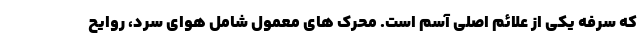
که سرفه یکی از علائم اصلی آسم است. محرک های معمول شامل هوای سرد، روایح